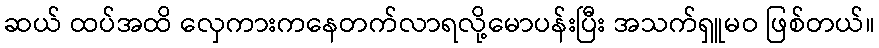
ဆယ် ထပ်အထိ လှေကားကနေတက်လာရလို့မောပန်းပြီး အသက်ရှူမဝ ဖြစ်တယ်။